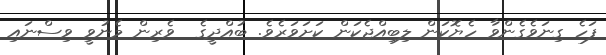
ފަހެ ގިނަވެގެންވާ ހެޔޮކަން ލިބިއްޖެކަން ކަށަވަރެވެ. ބުއްދީގެ  ވެރިން މެނުވީ ވިސްނައި